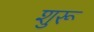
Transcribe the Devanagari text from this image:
शुरू